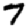
Digit: 7